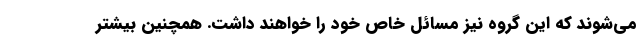
می‌شوند که این گروه نیز مسائل خاص خود را خواهند داشت. همچنین بیشتر